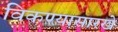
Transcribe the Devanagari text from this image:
विकण्यासारखे